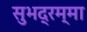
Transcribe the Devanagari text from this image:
सुभद्रम्मा